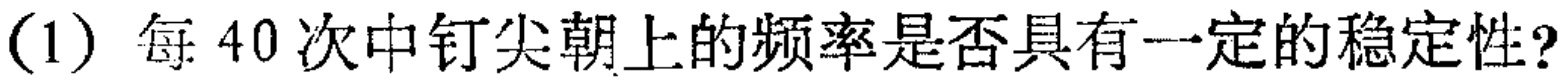
(1) 每 40 次中钉尖朝上的频率是否具有一定的稳定性?